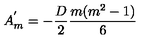
A _ { m } ^ { ' } = - \frac { D } { 2 } \frac { m ( m ^ { 2 } - 1 ) } { 6 }